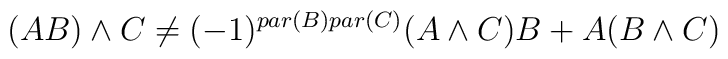
(AB) \wedge C \neq (-1)^{par(B) par(C)} (A \wedge C) B + A (B \wedge C)